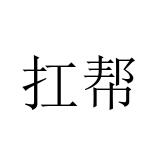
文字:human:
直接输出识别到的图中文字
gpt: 扛帮